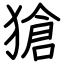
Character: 獊